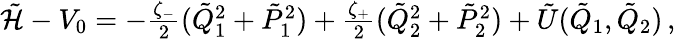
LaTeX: \begin{array}{r}{\tilde{{\mathcal{H}}}-V_{0}=-\frac{\zeta_{-}}{2}(\tilde{Q}_{1}^{2}+\tilde{P}_{1}^{2})+\frac{\zeta_{+}}{2}(\tilde{Q}_{2}^{2}+\tilde{P}_{2}^{2})+\tilde{U}(\tilde{Q}_{1},\tilde{Q}_{2})\, ,}\end{array}